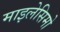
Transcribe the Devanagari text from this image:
माइलेसिमो